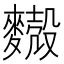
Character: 𪍥